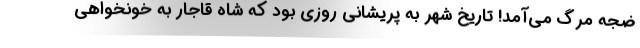
ضجه مرگ می‌آمد! تاریخ شهر به پریشانی روزی بود که شاه قاجار به خونخواهی